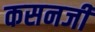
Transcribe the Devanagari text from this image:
कसनजी